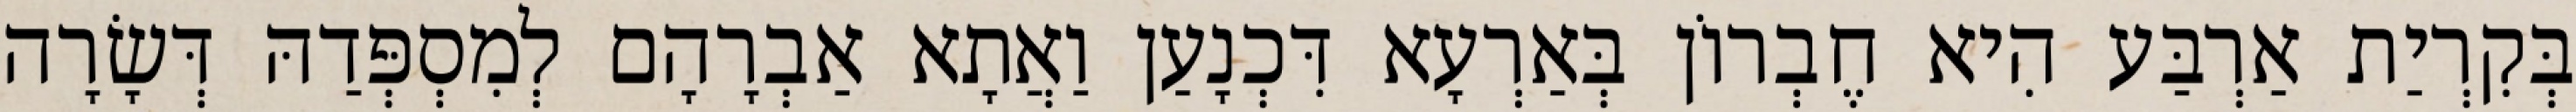
בְּקִרְיַת אַרְבַּע הִיא חֶבְרוֹן בְּאַרְעָא דִּכְנָעַן וַאֲתָא אַבְרָהָם לְמִסְפְּדַהּ דְּשָׂרָה